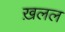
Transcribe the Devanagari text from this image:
ख़लल